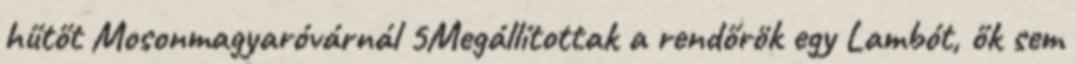
hűtőt Mosonmagyaróvárnál 5Megállítottak a rendőrök egy Lambót, ők sem